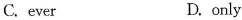
C. ever D.only